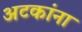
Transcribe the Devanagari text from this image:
अटकांना